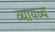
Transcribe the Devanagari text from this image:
व्यायव्य